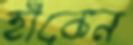
হাঁকেন